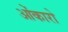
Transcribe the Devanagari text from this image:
ओंकारो